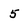
Character: 5